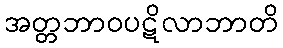
အတ္တဘာဝပဋိလာဘာတိ